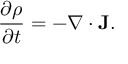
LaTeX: { \frac { \partial \rho } { \partial t } } = - \nabla \cdot \mathbf { J } .